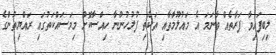
ލިބިފައިވާ ފަރާތެއް ވާނަމަ އެ މައުލޫމާތާއި ތަކެތި ފުލުހުންނާ ހިއްސާކޮށް މިމަސައްކަތުގައި ރައްޔިތުންގެ